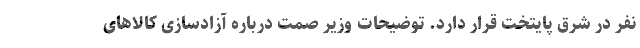
نفر در شرق پایتخت قرار دارد. توضیحات وزیر صمت درباره آزادسازی کالاهای